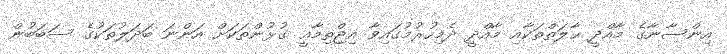
އިންސާނާގެ މާއްދީ ޙާލަތްތަކާއި މާއްދީ ދެމިހުރުމުގައިވާ އިޖްތިމާޢީ ގުޅުންތަކަށް އަންނަ ބަދަލުތަކުގެ ސަބަބުން